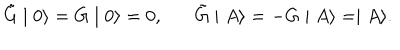
LaTeX: \tilde { G } \mid 0 \rangle = G \mid 0 \rangle = 0 , \tilde { G } \mid A \rangle = - G \mid A \rangle = \mid A \rangle .